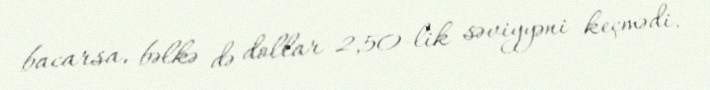
bacarsa, bəlkə də dollar 2,50-lik səviyyəni keçmədi.